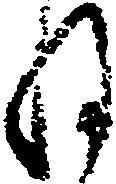
ね